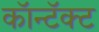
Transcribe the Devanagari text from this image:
कॉन्टॅक्ट